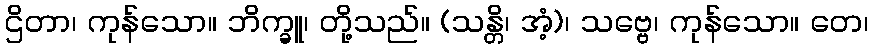
ဌိတာ၊ ကုန်သော။ ဘိက္ခူ၊ တို့သည်။ (သန္တိ၊ အံ့)၊ သဗ္ဗေ၊ ကုန်သော။ တေ၊